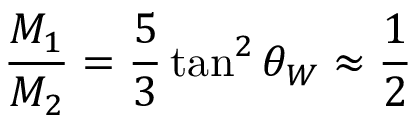
\frac { M _ { 1 } } { M _ { 2 } } = \frac { 5 } { 3 } \tan ^ { 2 } \theta _ { W } \approx \frac { 1 } { 2 }